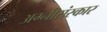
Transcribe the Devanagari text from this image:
अग्नीसंस्कार